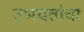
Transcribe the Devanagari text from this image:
उभयतांचा